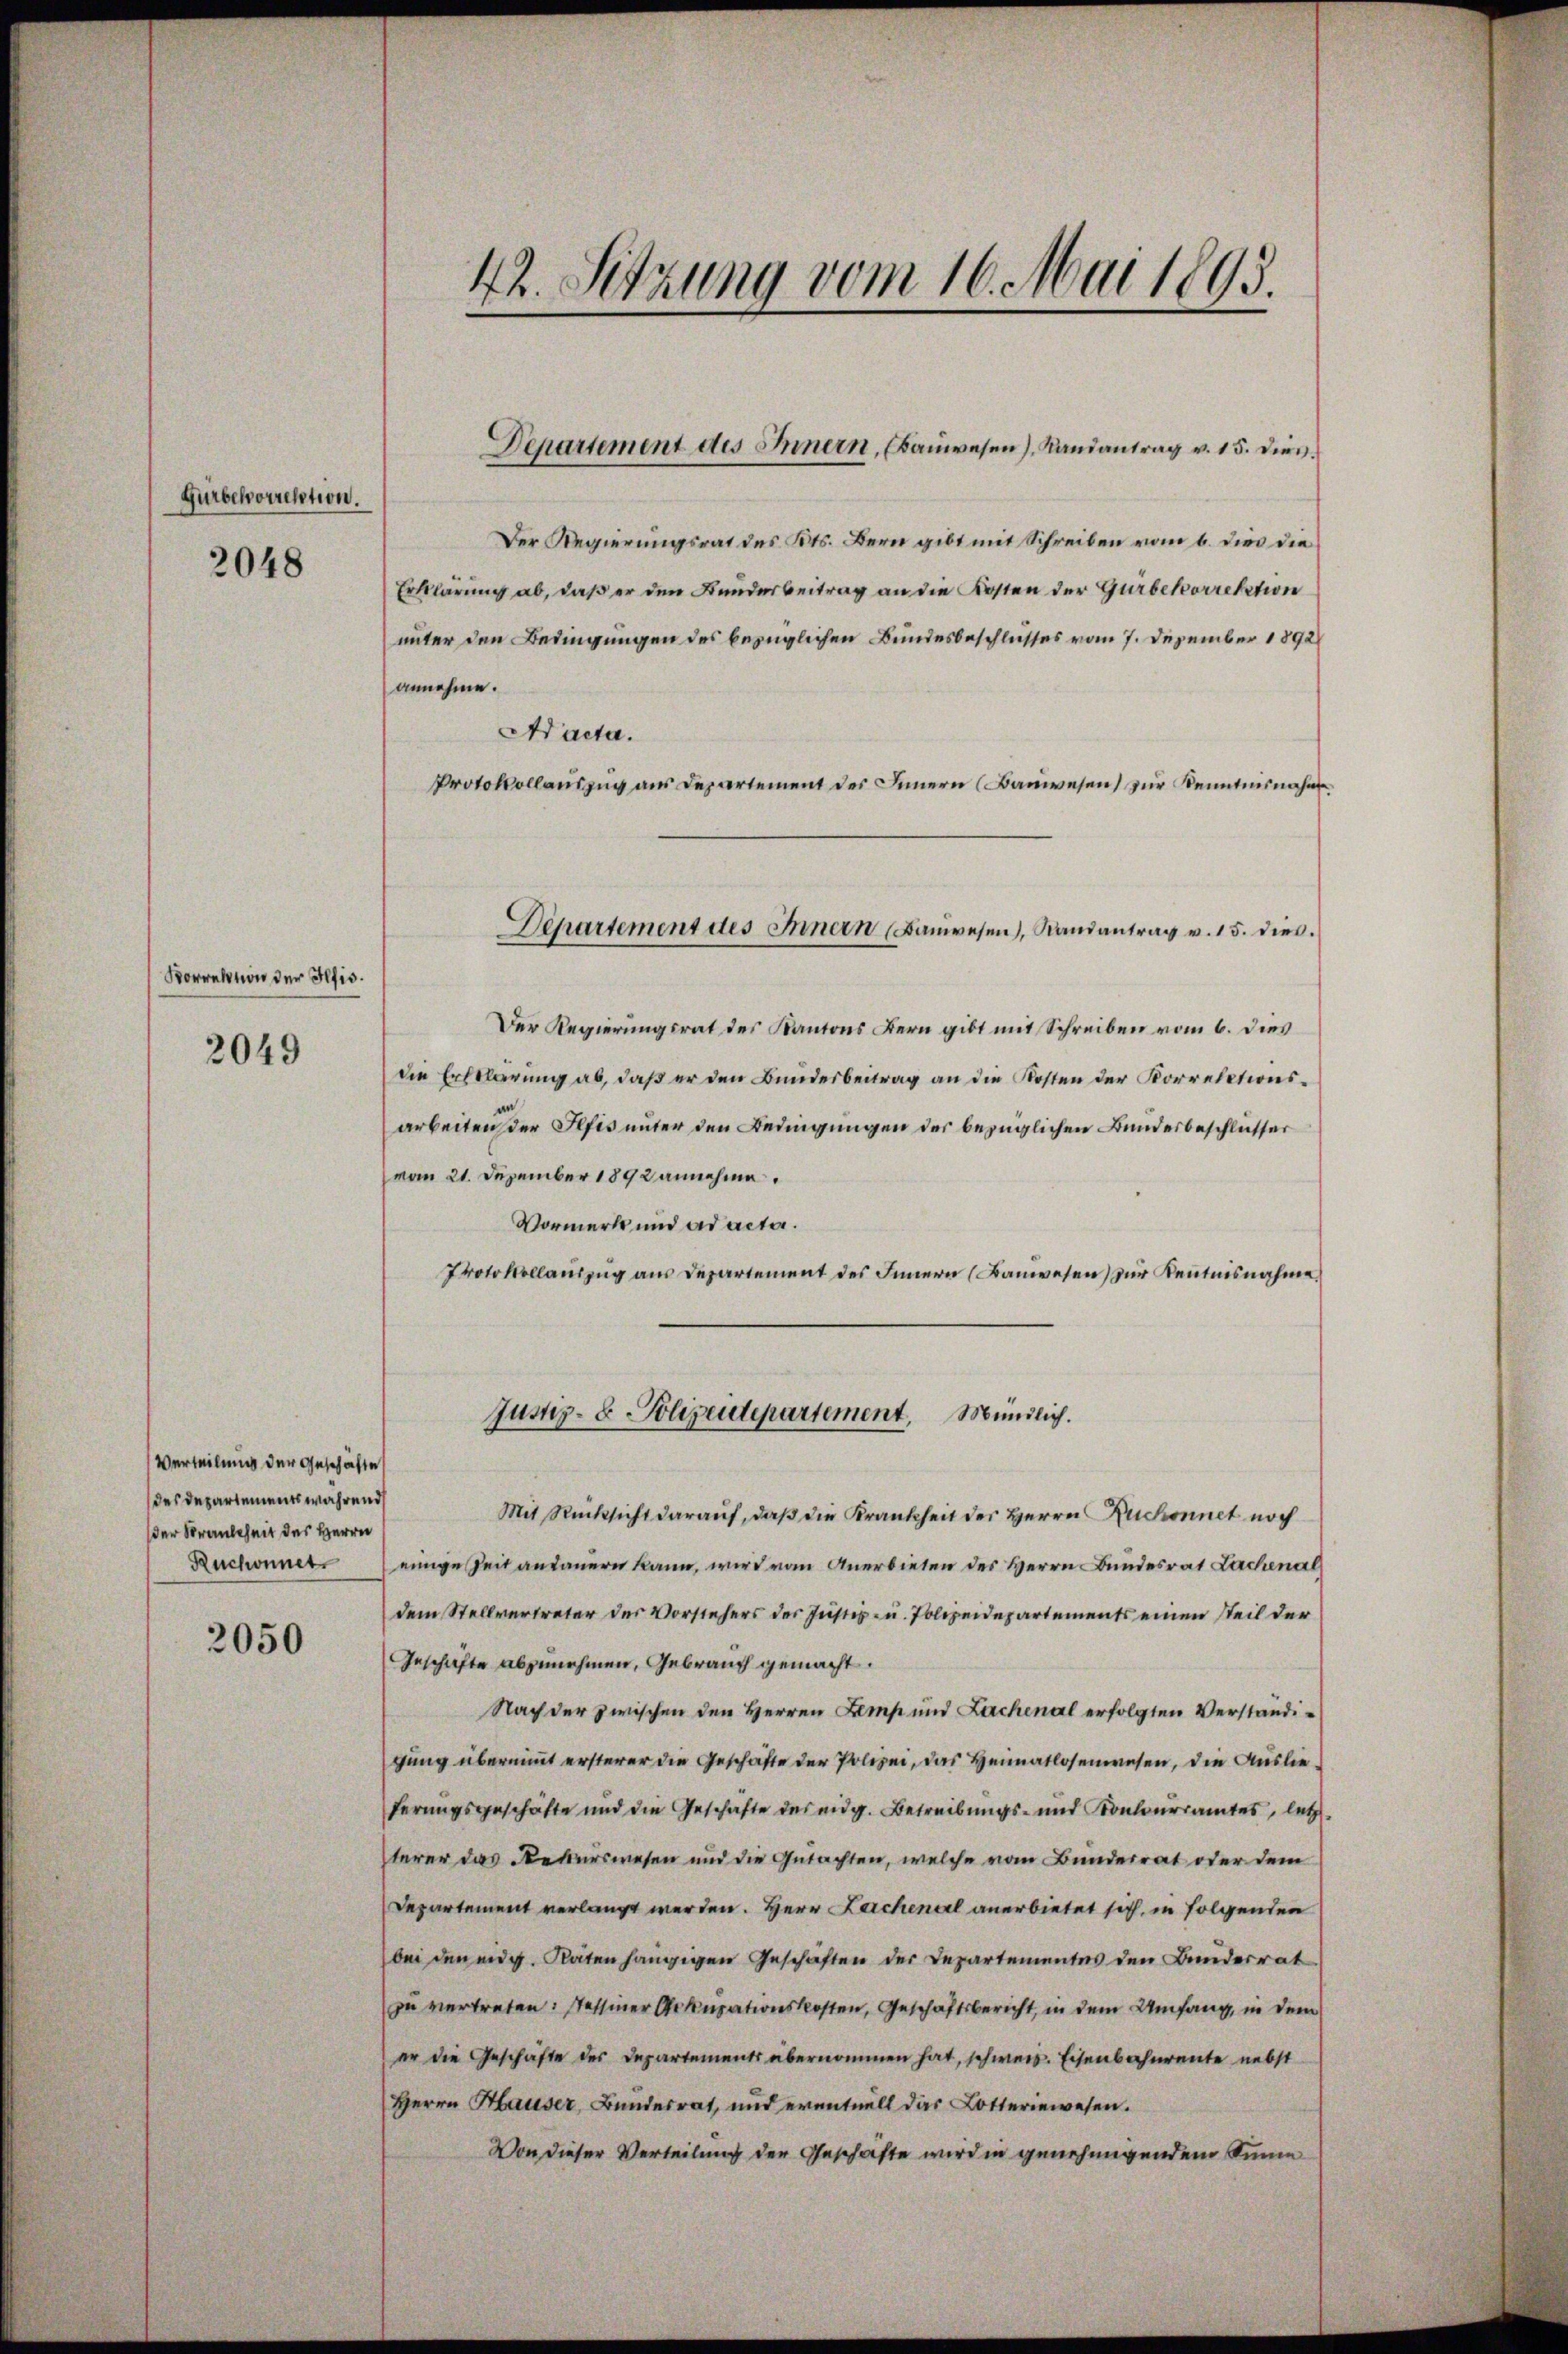
Gurbekorrelation.
2048

Vorrektion der Iltis.

2049

Der Regierungsrat des Kts. Bern gibt mit Schreiben vom 6. dies die
Erklärung ab, daß er den Bunderbeitrag an die Kosten der Gürbekorrektion
unter den Bedingungen des bezüglichen Bundesbeschlusses vom 7. Dezember 1892
annehme.
Aacta.
Protokollauszug aus Departement des Innern Bauwesen zur Kenntnisnahm
Der Regierungsrat des Kantons Bern gibt mit Schreiben vom 6. dies
die Erklärung ab, daß er den Bundesbeitrag an die Kosten der Korrelationsarbeiten der Pfis unter den Bedingungen der bezüglichen Bundesbeschlüsser
vom 21. Dezember 1892 annehme.
Vormerk und ad acta.
Protokollaŭszŭg aŭs Departement des Innern (Banwesen zŭr Kentnisnahme
Justiz- & Polizeidepartement, Mündlich.
Mit Rücksicht darauf, daß die Krankheit der Herrn Ruchonnet noch
Ruchonnet einige Zeit andauern kann, wird von Anerbieten des Herrn Bundesrat Lachenal
dem Stellvertreter der Vorstehers der Justiz- u. Polizeidepartements einen steil der
GGeschäfte abzunehmen, Gebrauch gemacht.
Nach der zwischen den Herren Lemp und Lachenal erfolgten Verständigung übernimmt ersterer die Geschäfte der Polizei, das Heimatlosenwesen, die Auslieferungsgeschäfte und die Geschäfte des eidg. Betreibungs- und Kontourramtes, letzt
terer das Rekurswesen und die Gutachten, welche vom Bunderrat oder dem
Departement verlangt werden. Herr Leichenel anerbietet sich, in folgenden
bei den eidg. Raten hängigen Geschäften der Departementes den Bunderrat
zu vertreten: Tessiner Arkupationskosten, Geschäftsbericht, in dem Umfang, in dem
er die Geschäfte des Departements übernommen hat, schwere. Eisenbahnrente nebst
Herrn Hauser, Bundesrat, und eventuell das Lotteriewesen.
Von dieser Verteilung der Geschäfte wird in genehmigendem Sinne

Verteilung der Geschäfte
des Departements während
der Krankheit des Herrn

2050

42. Setzung vom 16. Mai 1893.

Departement des Innern, Kauwesen), Landantrag v. 15. Dies

Departement des Innern (Baŭwesen, Randantrag v. 15. dies.